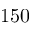
1 5 0